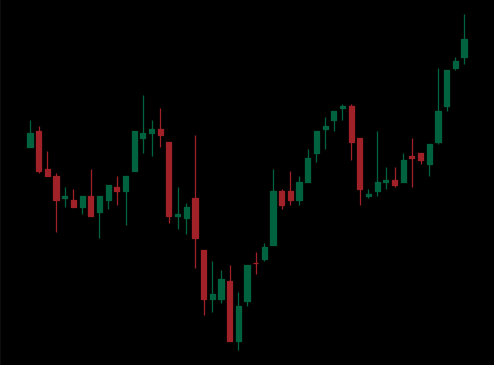
Pattern: inverse_head_shoulders